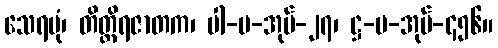
သေရပုံ၊ တိတ္ထိရဇာတက၊ ပါ-ပ-အုပ်-၂၇၊ ဋ္ဌ-ပ-အုပ်-၄၅၆။